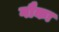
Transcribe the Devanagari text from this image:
गौका